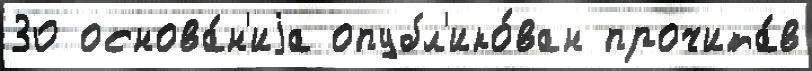
30 основа́н'иjа опубл'ико́ван прочита́в